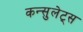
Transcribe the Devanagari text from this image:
कन्सुलेट्स